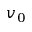
v _ { 0 }